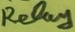
Text: Relay